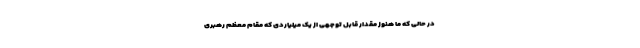
در حالی که ما هنوز مقدار قابل توجهی از یک میلیاردی که مقام معظم رهبری